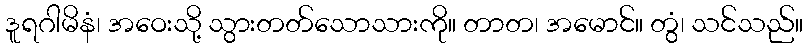
ဒူရဂါမိနံ၊ အဝေးသို့ သွားတတ်သောသားကို။ တာတ၊ အမောင်။ တွံ၊ သင်သည်။